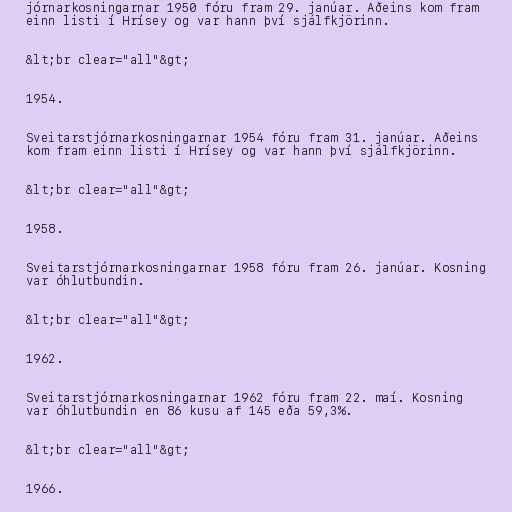
jórnarkosningarnar 1950 fóru fram 29. janúar. Aðeins kom fram
einn listi í Hrísey og var hann því sjálfkjörinn.

&lt;br clear="all"&gt;

1954.

Sveitarstjórnarkosningarnar 1954 fóru fram 31. janúar. Aðeins
kom fram einn listi í Hrísey og var hann því sjálfkjörinn.

&lt;br clear="all"&gt;

1958.

Sveitarstjórnarkosningarnar 1958 fóru fram 26. janúar. Kosning
var óhlutbundin.

&lt;br clear="all"&gt;

1962.

Sveitarstjórnarkosningarnar 1962 fóru fram 22. maí. Kosning
var óhlutbundin en 86 kusu af 145 eða 59,3%.

&lt;br clear="all"&gt;

1966.